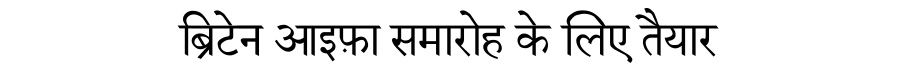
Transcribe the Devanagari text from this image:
ब्रिटेन आइफ़ा समारोह के लिए तैयार